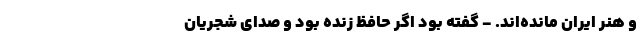
و هنر ایران مانده‌اند. - گفته بود اگر حافظ زنده بود و صدای شجریان